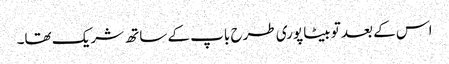
اس کے بعد تو بیٹا پوری طرح باپ کے ساتھ شریک تھا۔